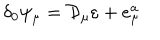
\delta _ { 0 } \psi _ { \mu } = \mathcal { D } _ { \mu } \varepsilon + e _ { \mu } ^ { a }